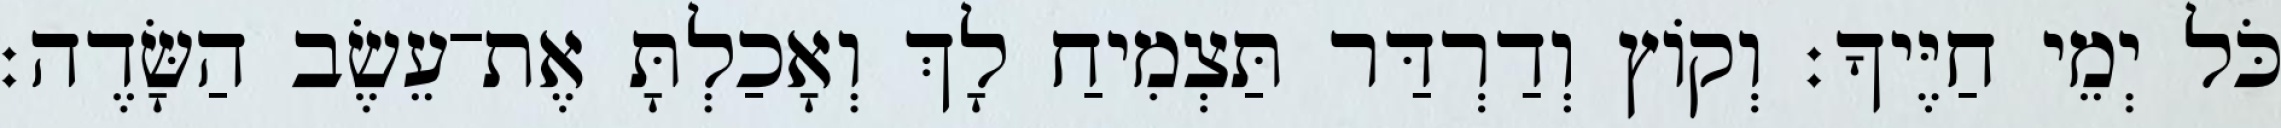
כֹּל יְמֵי חַיֶּיךָ׃ וְקֹוץ וְדַרְדַּר תַּצְמִיחַ לָךְ וְאָכַלְתָּ אֶת־עֵשֶׂב הַשָּׂדֶה׃